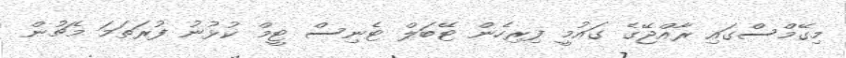
މިގޭމްސްގައި ރާއްޖޭގެ ގައުމީ ފިރިހެން ޓޭބަލް ޓެނިސް ޓީމް ކުޅުނު ފުރަތަމަ މެޗުން